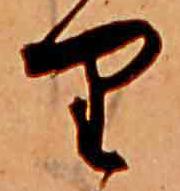
り